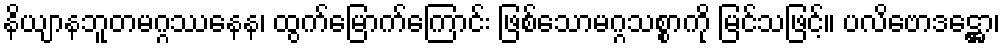
နိယျာနဘူတမဂ္ဂဿနေန၊ ထွက်မြောက်ကြောင်း ဖြစ်သောမဂ္ဂသစ္စာကို မြင်သဖြင့်။ ပလိဗောဒဋ္ဌော၊